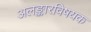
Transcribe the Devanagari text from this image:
अलङ्कारविषयक